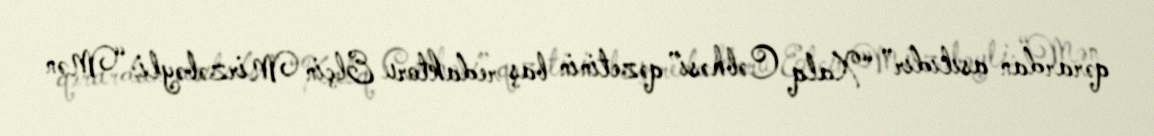
qərardan asılıdır” “Xalq Cəbhəsi” qəzetinin baş redaktoru Elçin Mirzəbəyli: “Mən